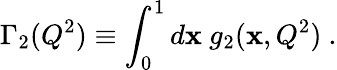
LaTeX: \Gamma_{2}(Q^{2})\equiv\int_{0}^{1}d\mathbf{x}~g_{2}(\mathbf{x},Q^{2})~.